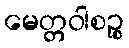
မေတ္တဝါစဉ္စ